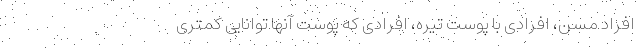
افراد مسن، افرادی با پوست تیره، افرادی که پوست آنها توانایی کمتری